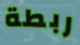
ربطة